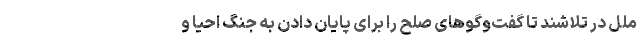
ملل در تلاشند تا گفت‌و‌گوهای صلح را برای پایان دادن به جنگ احیا و